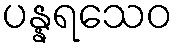
ပန္နရသေဝ